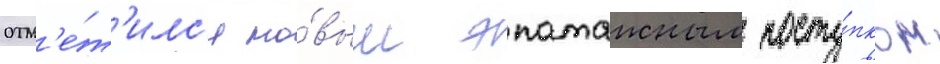
отм'е́т'илс'я но́вым эпатажным посту́пком